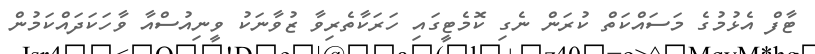
ޓާފް އެޅުމުގެ މަސައްކަތް ކުރަން ނެގި ކޮމެޓީގައި ހަރަކާތެރިވާ ޒުވާނަކު ވީނިއުސްއާ ވާހަކަދައްކަމުން